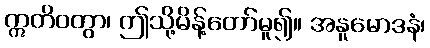
ဣတိဝတွာ၊ ဤသို့မိန့်တော်မူ၍။ အနူမောဒနံ၊